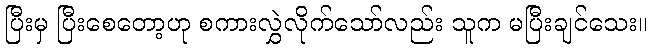
ပြီးမှ ပြီးစေတော့ဟု စကားလွှဲလိုက်သော်လည်း သူက မပြီးချင်သေး။